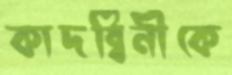
কাদম্বিনীকে